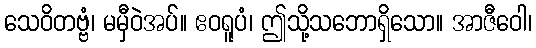
သေဝိတဗ္ဗံ၊ မမှီဝဲအပ်။ ဧဝရူပံ၊ ဤသို့သဘောရှိသော။ အာဇီဝေါ၊